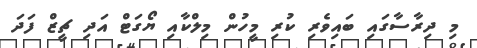
މި ދިރާސާގައި ބައިވެރި ކުރި މީހުން މިލްކާއި ޔޯގަޓް އަދި ޗީޒް ފަދަ